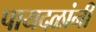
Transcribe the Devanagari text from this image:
पायदळांनी